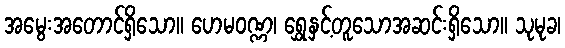
အမွေးအတောင်ရှိသော။ ဟေမဝဏ္ဏ၊ ရွှေနှင့်တူသောအဆင်းရှိသော။ သုမုခ၊